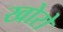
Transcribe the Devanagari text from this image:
खोरो